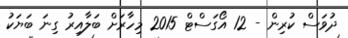
ދުވަސް ކުރިން - 12 އޯގަސްޓް 2015 މިހާރަށް ބަލާއިރު ގިނަ ބަޔަކު